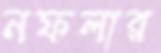
নফলার